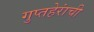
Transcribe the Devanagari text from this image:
गुप्तहेरांची